Annual administration and progress report of the Indian Medical Department, Bombay
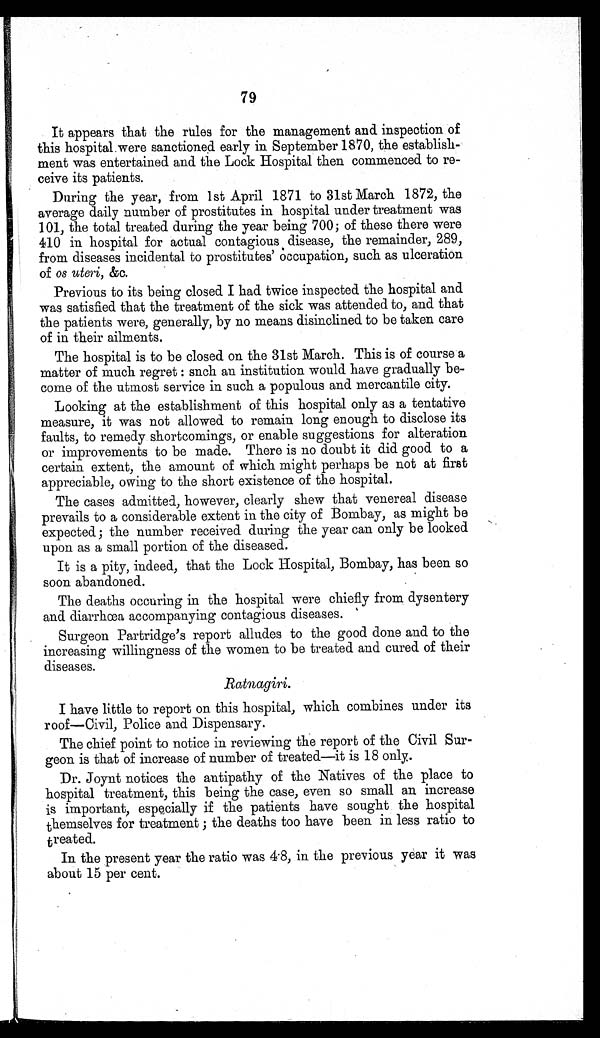
79
It appears that the rules for the management and inspection of
this hospital were sanctioned early in September 1870, the establish-
ment was entertained and the Lock Hospital then commenced to re-
ceive its patients.
During the year, from 1st April 1871 to 31st March 1872, the
average daily number of prostitutes in hospital under treatment was
101, the total treated during the year being 700; of these there were
410 in hospital for actual contagious disease, the remainder, 289,
from diseases incidental to prostitutes' occupation, such as ulceration
of os uteri, &c.
Previous to its being closed I had twice inspected the hospital and
was satisfied that the treatment of the sick was attended to, and that
the patients were, generally, by no means disinclined to be taken care
of in their ailments.
The hospital is to be closed on the 31st March. This is of course a
matter of much regret: such an institution would have gradually be-
come of the utmost service in such a populous and mercantile city.
Looking at the establishment of this hospital only as a tentative
measure, it was not allowed to remain long enough to disclose its
faults, to remedy shortcomings, or enable suggestions for alteration
or improvements to be made. There is no doubt it did good to a
certain extent, the amount of which might perhaps be not at first
appreciable, owing to the short existence of the hospital.
The cases admitted, however, clearly shew that venereal disease
prevails to a considerable extent in the city of Bombay, as might be
expected; the number received during the year can only be looked
upon as a small portion of the diseased.
It is a pity, indeed, that the Lock Hospital, Bombay, has been so
soon abandoned.
The deaths occuring in the hospital were chiefly from dysentery
and diarrhœa accompanying contagious diseases.
Surgeon Partridge's report alludes to the good done and to the
increasing willingness of the women to be treated and cured of their
diseases.
Ratnagiri.
I have little to report on this hospital, which combines under its
roof—Civil, Police and Dispensary.
The chief point to notice in reviewing the report of the Civil Sur-
geon is that of increase of number of treated—it is 18 only.
Dr. Joynt notices the antipathy of the Natives of the place to
hospital treatment, this being the case, even so small an increase
is important, especially if the patients have sought the hospital
themselves for treatment; the deaths too have been in less ratio to
treated.
In the present year the ratio was 4.8, in the previous year it was
about 15 per cent.